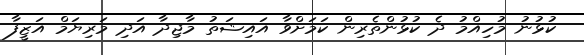
ކުޅުނު މުހިއްމު ދެ ކުޅުންތެރިން ކަމަށްވާ އައިޝަތު މާޖިދާ އަދި މަރިޔަމް އަޒީފާ